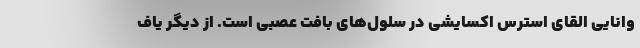
وانایی القای استرس اکسایشی در سلول‌های بافت عصبی است. از دیگر یاف